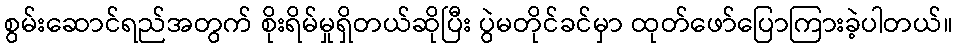
စွမ်းဆောင်ရည်အတွက် စိုးရိမ်မှုရှိတယ်ဆိုပြီး ပွဲမတိုင်ခင်မှာ ထုတ်ဖော်ပြောကြားခဲ့ပါတယ်။